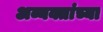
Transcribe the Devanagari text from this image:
अव्यक्तांच्या